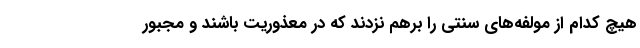
هیچ کدام از مولفه‌های سنتی را برهم نزدند که در معذوریت باشند و مجبور